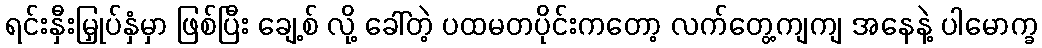
ရင်းနှီးမြှုပ်နှံမှာ ဖြစ်ပြီး ချေ့စ် လို့ ခေါ်တဲ့ ပထမတပိုင်းကတော့ လက်တွေ့ကျကျ အနေနဲ့ ပါမောက္ခ